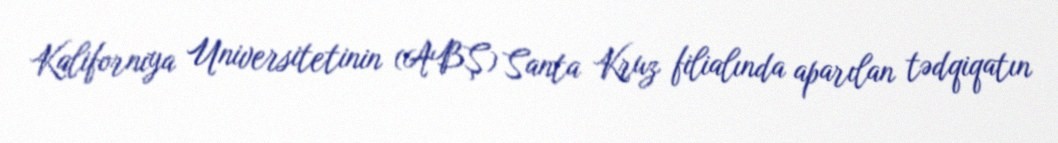
Kaliforniya Universitetinin (ABŞ) Santa Kruz filialında aparılan tədqiqatın